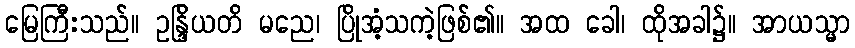
မြေကြီးသည်။ ဥန္ဒြိယတိ မညေ၊ ပြိုအံ့သကဲ့ဖြစ်၏။ အထ ခေါ၊ ထိုအခါ၌။ အာယသ္မာ